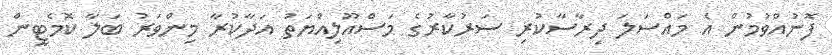
ފޮނުއްވުމުން އެ މައްސަލަ ދިރާސާކުރި ސަރުކާރުގެ މަސްއޫލިއްޔަތު އަދާކުރާ މިންވަރު ބަލާ ކޮމެޓީން